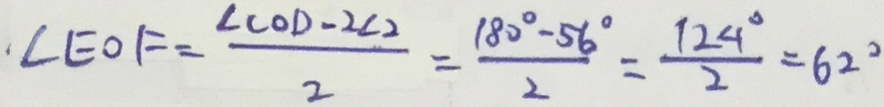
\angle E O F = \frac { \angle C O D - 2 \angle 2 } { 2 } = \frac { 1 8 0 ^ { \circ } - 5 6 ^ { \circ } } { 2 } = \frac { 1 2 4 ^ { \circ } } { 2 } = 6 2 ^ { \circ }